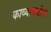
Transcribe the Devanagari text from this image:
काव्यामधील